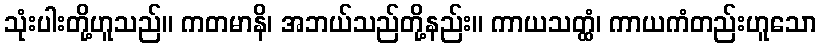
သုံးပါးတို့ဟူသည်။ ကတမာနိ၊ အဘယ်သည်တို့နည်း။ ကာယသတ္ထံ၊ ကာယကံတည်းဟူသော